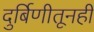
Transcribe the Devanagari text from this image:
दुर्बिणीतूनही